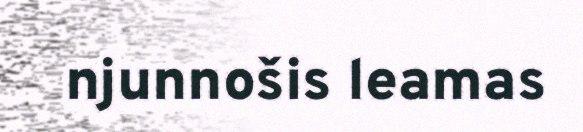
njunnošis leamas